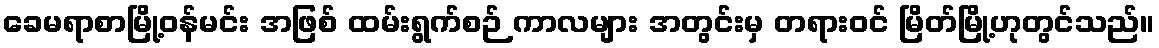
ခေမရာစာမြို့ဝန်မင်း အဖြစ် ထမ်းရွက်စဉ် ကာလများ အတွင်းမှ တရားဝင် မြိတ်မြို့ဟုတွင်သည်။